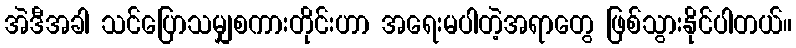
အဲဒီအခါ သင်ပြောသမျှစကားတိုင်းဟာ အရေးမပါတဲ့အရာတွေ ဖြစ်သွားနိုင်ပါတယ်။